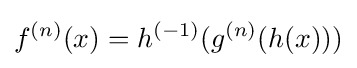
f^{(n)}(x)=h^{(-1)}(g^{(n)}(h(x)))